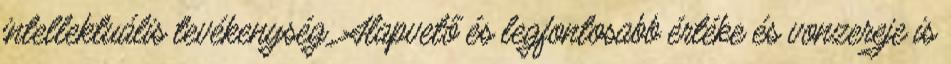
intellektuális tevékenység. Alapvető és legfontosabb értéke és vonzereje is